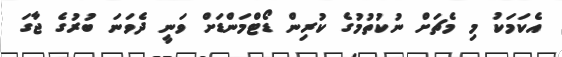
އެކަމަކު މި މެޗަށް ނުކުތުމުގެ ކުރިން ޑޯޓްމަންޑަށް ވަނީ ދެވަނަ ބުރުގެ ޖާގަ